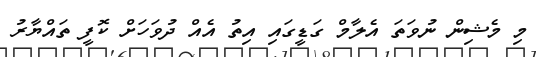
މި މެޝިން ނުވަތަ އެލާމް ގަޑީގައި އިތު އެއް ދުވަހަށް ކޮފީ ތައްޔާރު